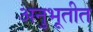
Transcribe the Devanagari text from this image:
अनुभूतीत